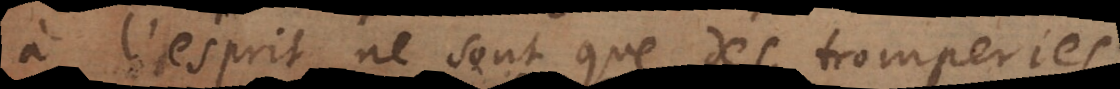
à l’esprit ne sont que des tromperies